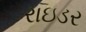
રાઇડર